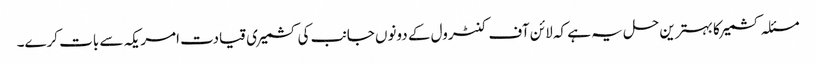
مسئلہ کشمیر کا بہترین حل یہ ہے کہ لائن آف کنٹرول کے دونوں جانب کی کشمیری قیادت امریکہ سے بات کرے۔